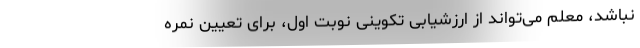
نباشد، معلم می‌تواند از ارزشیابی تکوینی نوبت اول، برای تعیین نمره